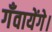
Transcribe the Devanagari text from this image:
गँवायेंगे।